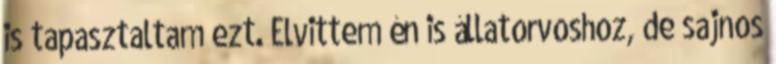
is tapasztaltam ezt. Elvittem én is állatorvoshoz, de sajnos